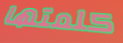
كلمتها